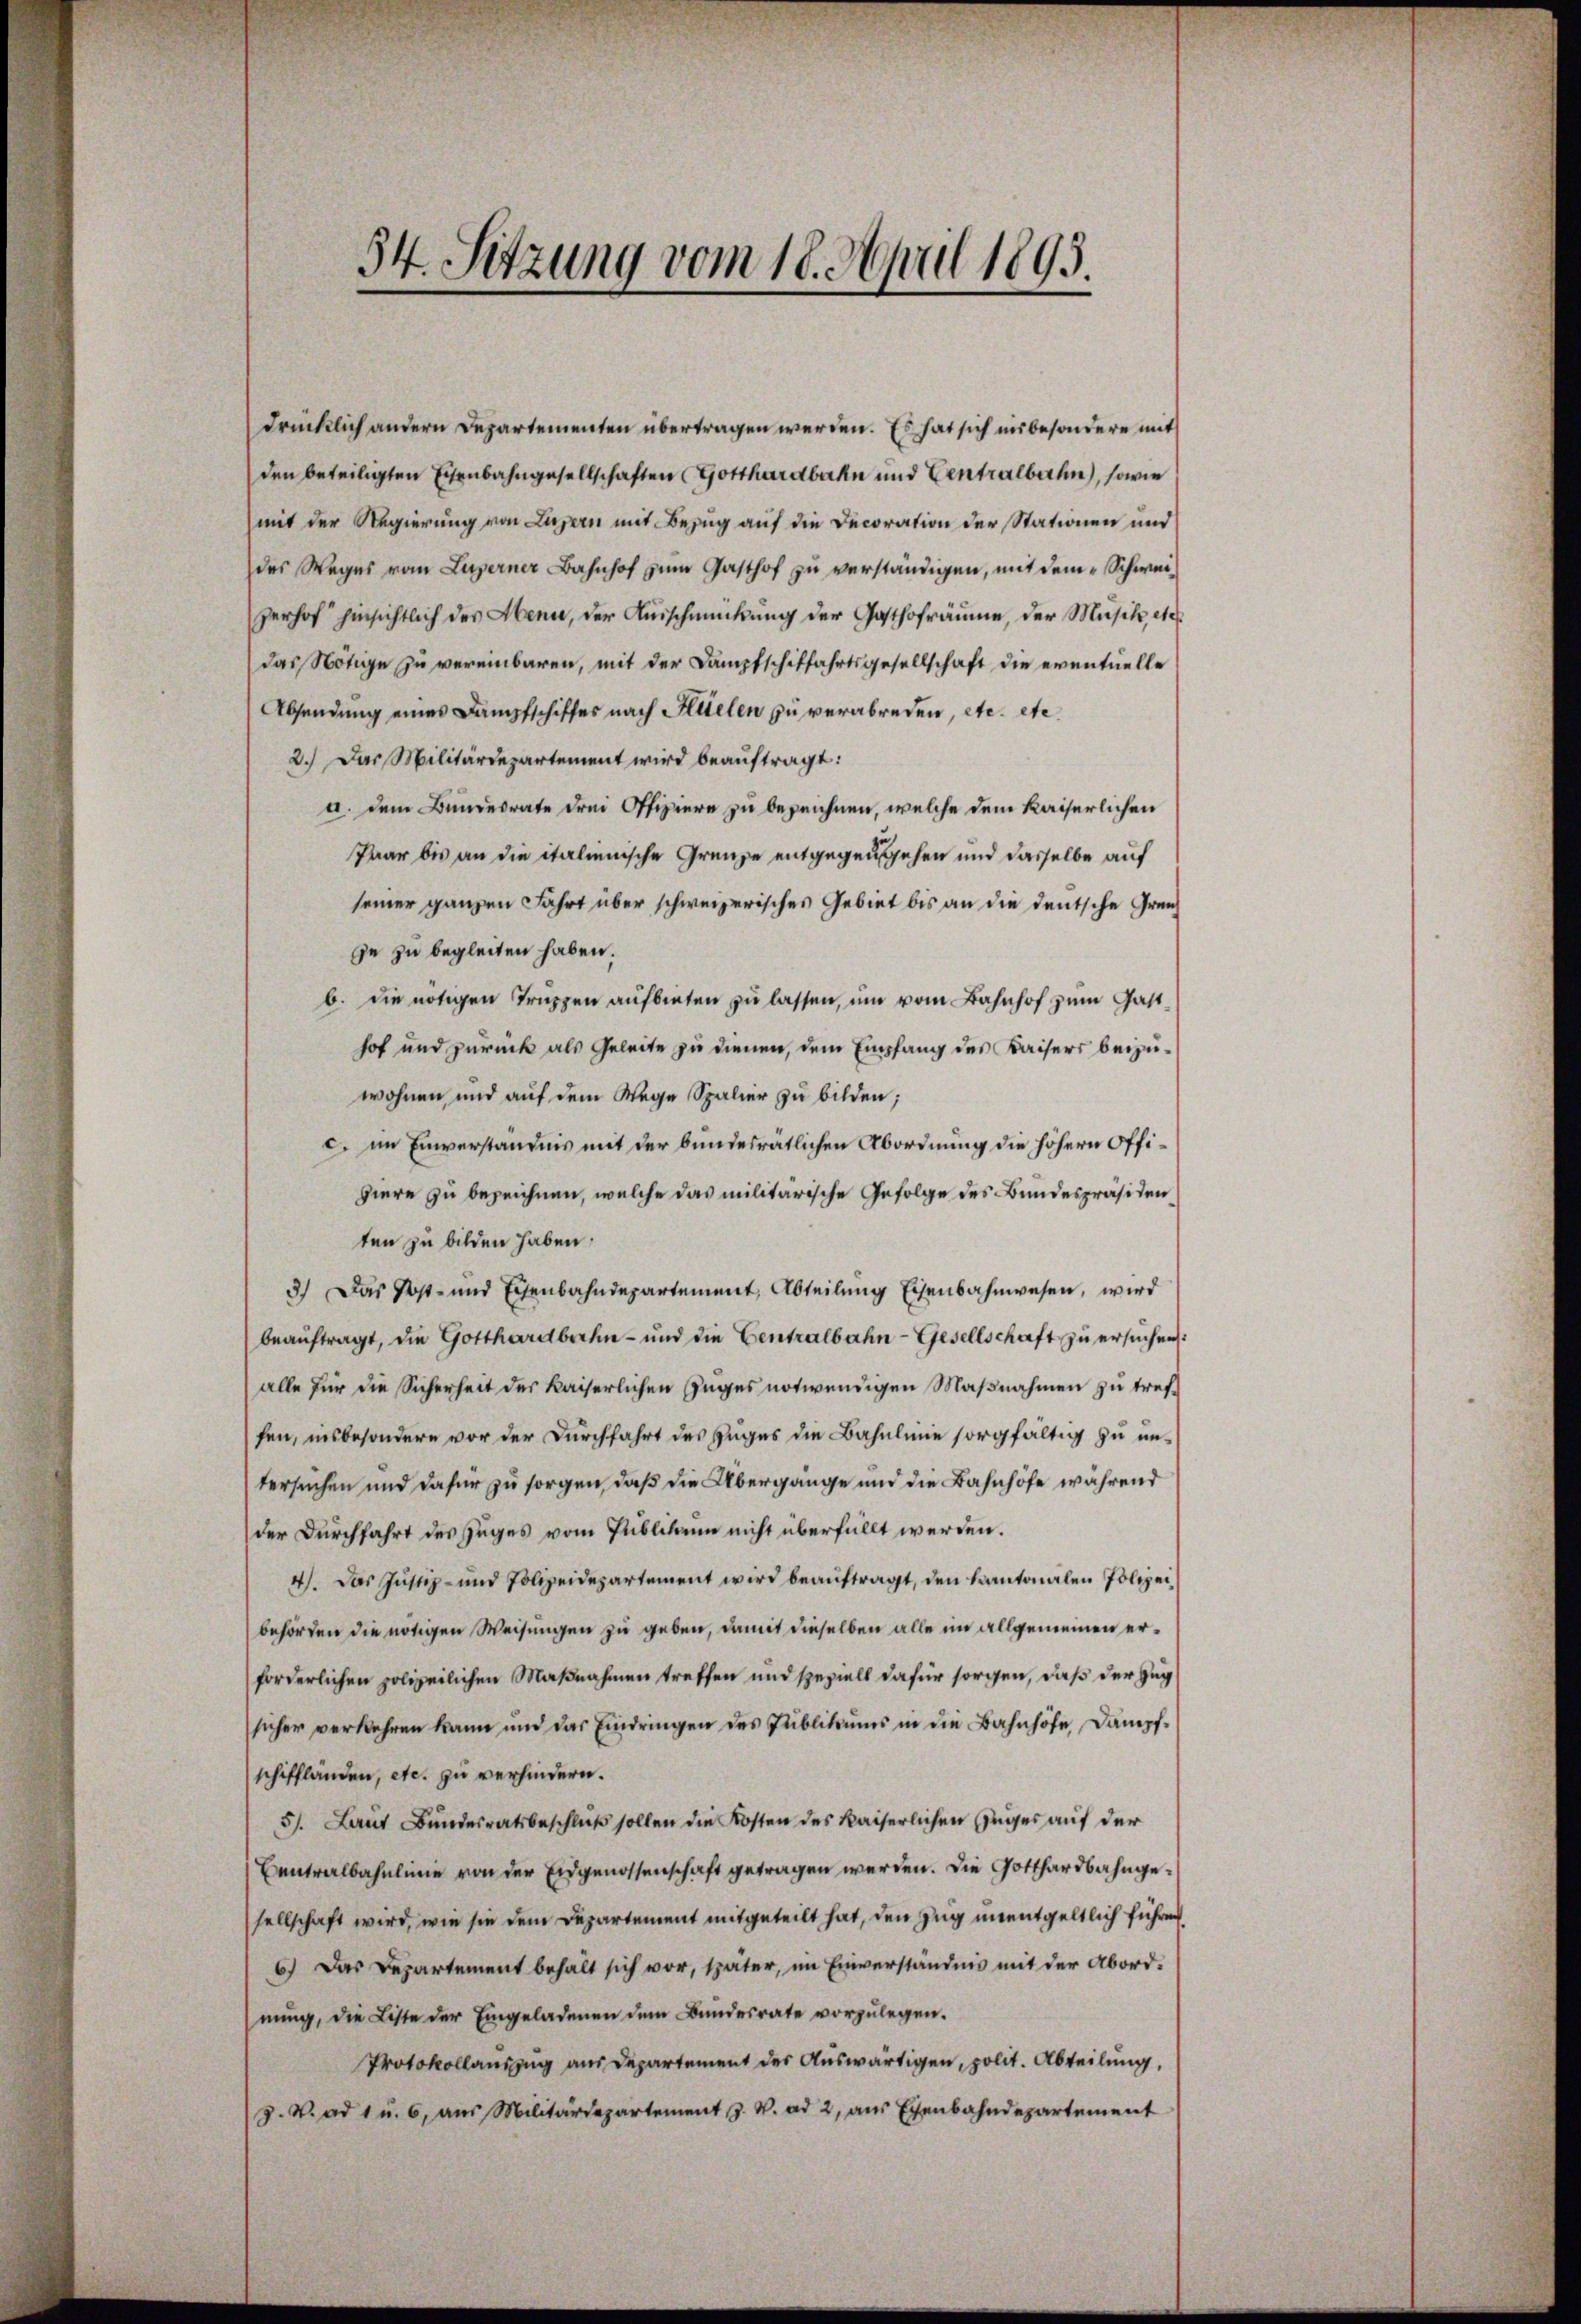
54. Sitzung vom 18. April 1895.

drücklich andern Departementen übertragen werden. Es hat sich insbesondere mit
den beteiligten Eisenbahngesellschaften (Gotthardbahn und Centralbahn, sowie
mit der Regierung von Luzern mit Bezug auf die Decoration der Stationen und
des Weges vom Luzerner Bahnhof zum Gasthof zu verständigen, mit dem Schweizerhof hinsichtlich des Henn, der Ausschmückung der Gasthofräume, der Musik, etc.
das Nötige zu vereinbaren, mit der Dampfschiffahrtsgesellschaft die eventuelle
Absendung eines Dampfschiffes nach Sittelen zu verabreden, etc. etc.
2.) Das Militärdepartement wird beauftragt:
a. dem Bundesrate drei Offiziere zu bezeichnen, welche dem Kaiserlichen
Paar bis an die italienische Grenze entgegensehen und dasselbe auf
seiner ganzen Fahrt über schweizerisches Gebiet bis an die deutsche Grenz
ge zu begleiten haben.
b. die nötigen Truppen aufbieten zu lassen, um vom Bahnhof zum Gasthof und zurück als Geleite zu dienen, dem Empfang des Kaisers beizuwohnen und auf dem Wege Spalier zu bilden;
c. im Einverständnis mit der bundesrätlichen Abordnung die höhern Offihiere zu bezeichnen, welche das militärische Gefolge des Bundespräsiden
ten zu bilden haben.
3.) Das Post- und Eisenbahndepartement, Abteilung Eisenbahnwesen, wird
beauftragt, die Gotthardbahn- und die Centralbahn-Gesellschaft zu ersuchen:
alle für die Sicherheit des Kaiserlichen Zuges notwendigen Maßnahmen zu treffen, insbesondere vor der Durchfahrt des Zuges die Bahnleine sorgfältig zu untersuchen und dafür zu sorgen, daß die Übergänge und die Bahnhöfe während
der Durchfahrt des Zuges vom Publikum nicht überfüllt werden.
4). Das Justiz- und Polizeidepartement wird beauftragt, den kantonalen Polizeibehörden die nötigen Weisungen zu geben, damit dieselben alle im allgemeinen erforderlichen polizeilichen Maßnahmen treffen und speziell dafür sorgen, daß der Zug
sicher verkehren kann und das Eindringen des Publikums in die Bahnhöfe Dampfschiffländen, etc. zu verhindern.
51. Laut Bundesratsbeschluß sollen die Kosten des Kaiserlichen Zuges auf der
Centralbahnlinie von der Eidgenossenschaft getragen werden. Die Gotthardbahngesellschaft wird, wie sie dem Departement mitgeteilt hat, den Zug unentgeltlich führen,
6.) Das Departement behalt sich vor, später, im Einverständnis mit der Abord-
nung, die Liste der Eingeladenen dem Bundesrate vorzulegen.
Protokollauszug aus Departement der Auswärtigen, polit. Abteilung,
J. V. ad 1 u. 6, aus Militärdepartement J. V. ad 2, aus Eigenbahndepartement